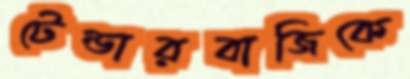
টেন্ডারবাজিকে